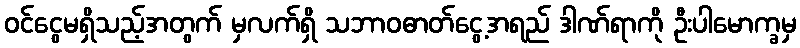
ဝင်ငွေမရှိသည့်အတွက် မှလက်ရှိ သဘာဝဓာတ်ငွေ့အရည် ဒါဏ်ရာကို ဦးပါမောက္ခမှ